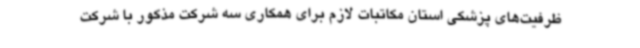
ظرفیت‌های پزشکی استان مکاتبات لازم برای همکاری سه شرکت مذکور با شرکت